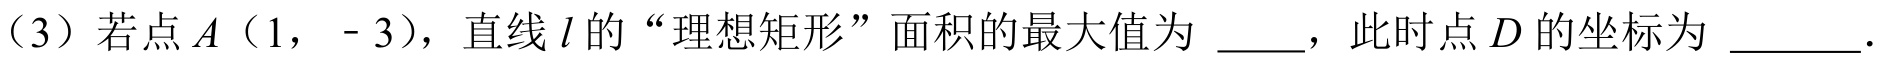
（3）若点\(A\)（1， - 3），直线\(l\)的“理想矩形”面积的最大值为 \_\_\_，此时点\(D\)的坐标为 \_\_\_\_\_.